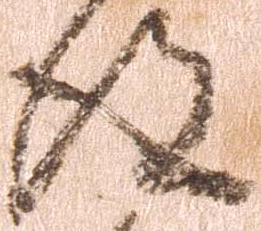
得